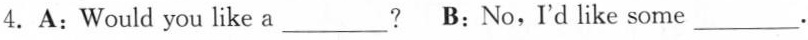
4.A:Would you like a___? B:No,I'd like some___.